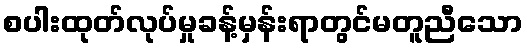
စပါးထုတ်လုပ်မှုခန့်မှန်းရာတွင်မတူညီသော